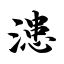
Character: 漶